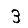
Digit: 3